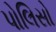
પોલિસો